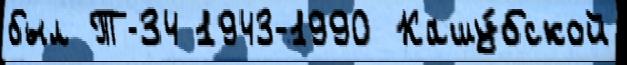
был Т-34 1943-1990 Кашу́бской